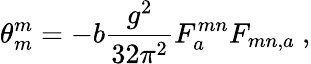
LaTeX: \theta_{m}^{m}=-b\frac{g^{2}}{32\pi^{2}}F_{a}^{mn}F_{mn,a}\ ,